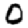
Digit: 0